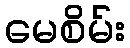
မေစိမ်း